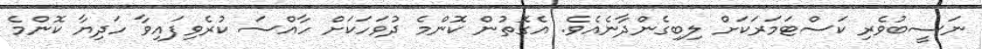
ނަސީބުވެރި ކަސްޓަމަރަކަށް ލިބިގެންދާނެއެވެ. އެގޮތުން ކޮންމެ ދުވަހަކަށް ހާއްސަ ކުރެވިފައިވާ ހަދިޔާ ކޮންމެ